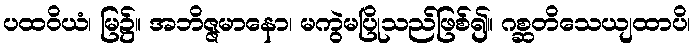
ပထဝိယံ၊ မြ၌။ အဘိဇ္ဇမာနော၊ မကွဲမပြိုသည်ဖြစ်၍။ ဂစ္ဆတိသေယျထာပိ၊